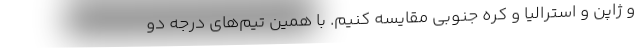
و ژاپن و استرالیا و کره جنوبی مقایسه کنیم. با همین تیم‌های درجه دو